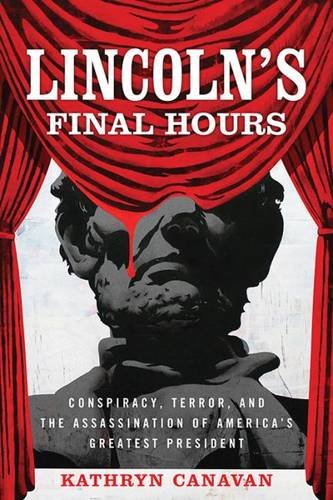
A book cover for Lincoln's Final Hours: Conspiracy, Terror, and the Assassination of America's Greatest President; Kathryn Canavan; Biographies & Memoirs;